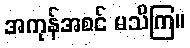
အကုန်အစင် မသိကြ။